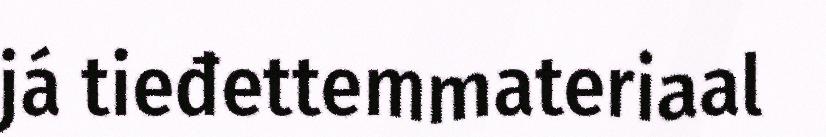
já tieđettemmateriaal